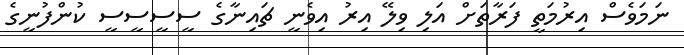
ނަމަވެސް އިރުމަތީ ފަރާތަށް އަލި ވިލޭ އިރު އިވެނީ ޗައިނާގެ ސީސީސީސީ ކުންފުނީގެ